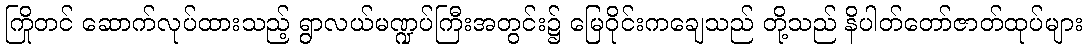
ကြိုတင် ဆောက်လုပ်ထားသည့် ရွာလယ်မဏ္ဍပ်ကြီးအတွင်း၌ မြေဝိုင်းကချေသည် တို့သည် နိပါတ်တော်ဇာတ်ထုပ်များ